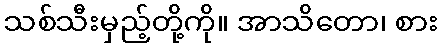
သစ်သီးမှည့်တို့ကို။ အာသိတော၊ စား